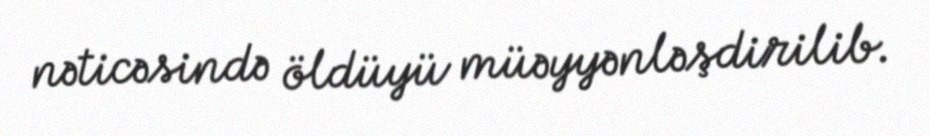
nəticəsində öldüyü müəyyənləşdirilib.